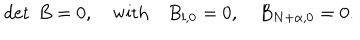
\det ~ B = 0 , \quad \mathrm { w i t h } \quad B _ { l , 0 } = 0 , \quad B _ { N + \alpha , 0 } = 0 .